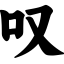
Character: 叹